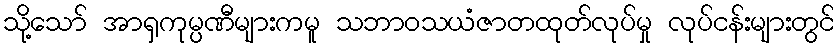
သို့သော် အာရှကုမ္ပဏီများကမူ သဘာဝသယံဇာတထုတ်လုပ်မှု လုပ်ငန်းများတွင်